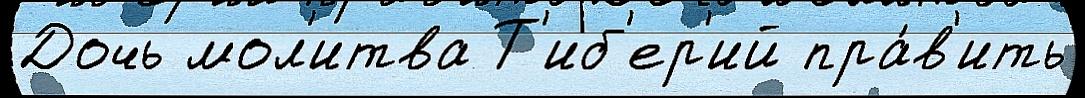
Дочь мол'итва Т'иб'ер'ий пра́в'ить